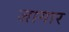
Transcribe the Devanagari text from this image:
जागार